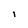
Character: i